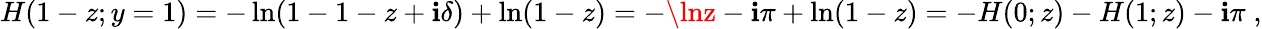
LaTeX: H(1-z;y=1)=-\ln(1-1-z+\mathbf{i}\delta)+\ln(1-z)=-\lnz-\mathbf{i}\pi+\ln(1-z)=-H(0;z)-H(1;z)-\mathbf{i}\pi\; ,